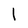
Character: l